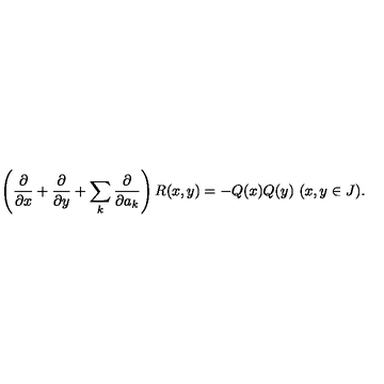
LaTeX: \left( { \frac { \partial } { \partial x } } + { \frac { \partial } { \partial y } } + \sum _ { k } { \frac { \partial } { \partial a _ { k } } } \right) R ( x , y ) = - Q ( x ) Q ( y ) \ ( x , y \in J ) .